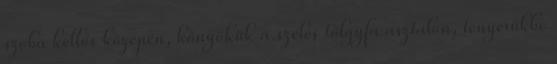
szoba kellős közepén, könyökük a széles tölgyfa asztalon, tenyerükbe